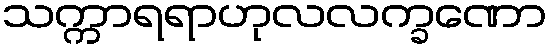
သက္ကာရရာဟုလလက္ခဏော